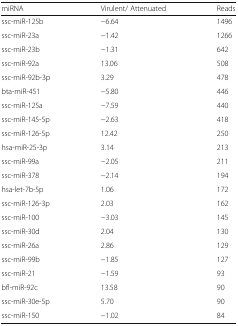
<table><thead><tr><td><b>miRNA</b></td><td><b>Virulent/ Attenuated</b></td><td><b>Reads</b></td></tr></thead><tbody><tr><td>ssc-miR-125b</td><td>−6.64</td><td>1496</td></tr><tr><td>ssc-miR-23a</td><td>−1.42</td><td>1266</td></tr><tr><td>ssc-miR-23b</td><td>−1.31</td><td>642</td></tr><tr><td>ssc-miR-92a</td><td>13.06</td><td>508</td></tr><tr><td>ssc-miR-92b-3p</td><td>3.29</td><td>478</td></tr><tr><td>bta-miR-451</td><td>−5.80</td><td>446</td></tr><tr><td>ssc-miR-125a</td><td>−7.59</td><td>440</td></tr><tr><td>ssc-miR-145-5p</td><td>−2.63</td><td>418</td></tr><tr><td>ssc-miR-126-5p</td><td>12.42</td><td>250</td></tr><tr><td>hsa-miR-25-3p</td><td>3.14</td><td>213</td></tr><tr><td>ssc-miR-99a</td><td>−2.05</td><td>211</td></tr><tr><td>ssc-miR-378</td><td>−2.14</td><td>194</td></tr><tr><td>hsa-let-7b-5p</td><td>1.06</td><td>172</td></tr><tr><td>ssc-miR-126-3p</td><td>2.03</td><td>162</td></tr><tr><td>ssc-miR-100</td><td>−3.03</td><td>145</td></tr><tr><td>ssc-miR-30d</td><td>2.04</td><td>130</td></tr><tr><td>ssc-miR-26a</td><td>2.86</td><td>129</td></tr><tr><td>ssc-miR-99b</td><td>−1.85</td><td>127</td></tr><tr><td>ssc-miR-21</td><td>−1.59</td><td>93</td></tr><tr><td>bfl-miR-92c</td><td>13.58</td><td>90</td></tr><tr><td>ssc-miR-30e-5p</td><td>5.70</td><td>90</td></tr><tr><td>ssc-miR-150</td><td>−1.02</td><td>84</td></tr></tbody></table>